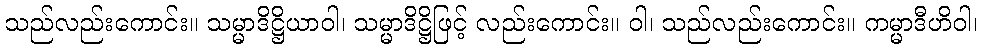
သည်လည်းကောင်း။ သမ္မာဒိဋ္ဌိယာဝါ၊ သမ္မာဒိဋ္ဌိဖြင့် လည်းကောင်း။ ဝါ၊ သည်လည်းကောင်း။ ကမ္မာဒီဟိဝါ၊